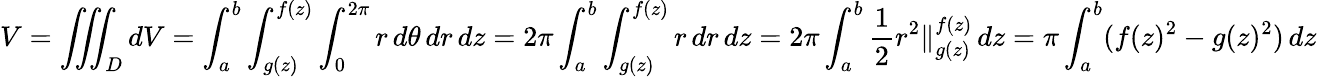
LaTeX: V=\iiint_{D}dV=\int_{a}^{b}\int_{g(z)}^{f(z)}\int_{0}^{2\pi}r\, d\theta\, dr\, dz=2\pi\int_{a}^{b}\int_{g(z)}^{f(z)}r\, dr\, dz=2\pi\int_{a}^{b}{\frac{1}{2}}r^{2}\Vert_{g(z)}^{f(z)}\, dz=\pi\int_{a}^{b}(f(z)^{2}-g(z)^{2})\, dz